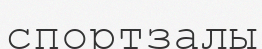
спортзалы